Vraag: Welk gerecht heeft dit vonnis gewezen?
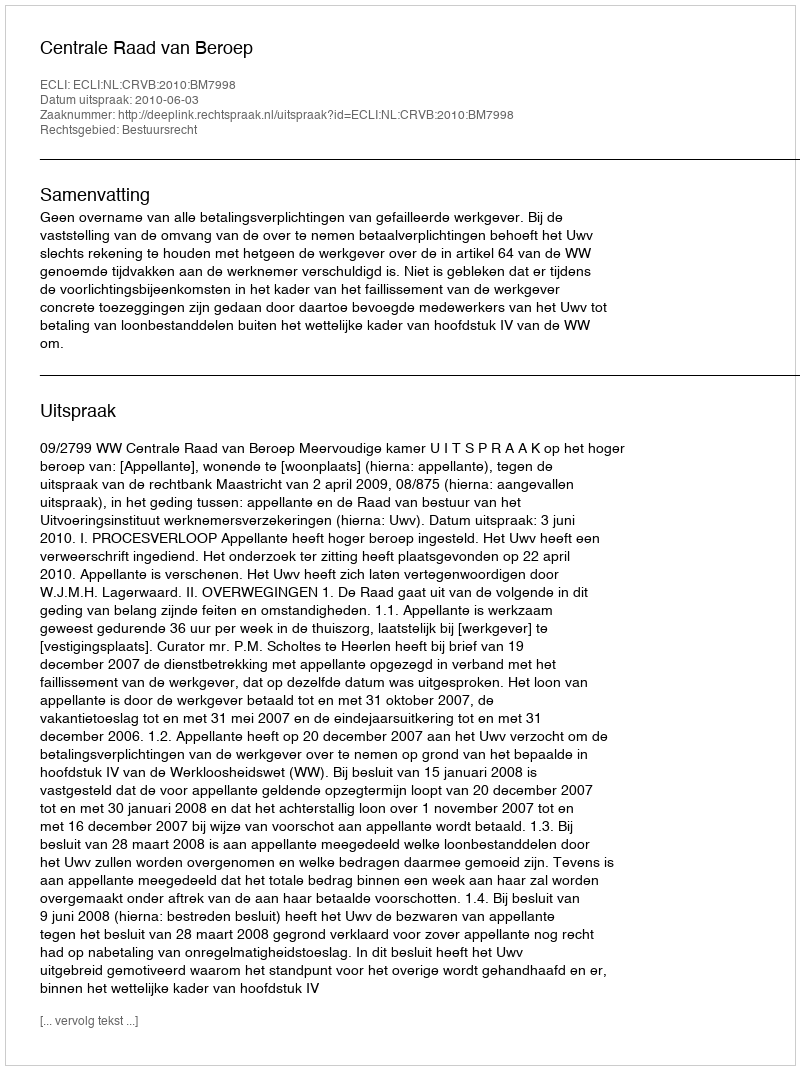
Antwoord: Centrale Raad van Beroep